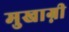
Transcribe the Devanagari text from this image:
मुखाग्नी